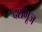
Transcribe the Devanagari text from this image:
दशभूज